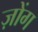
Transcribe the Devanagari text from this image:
ज़ोंग